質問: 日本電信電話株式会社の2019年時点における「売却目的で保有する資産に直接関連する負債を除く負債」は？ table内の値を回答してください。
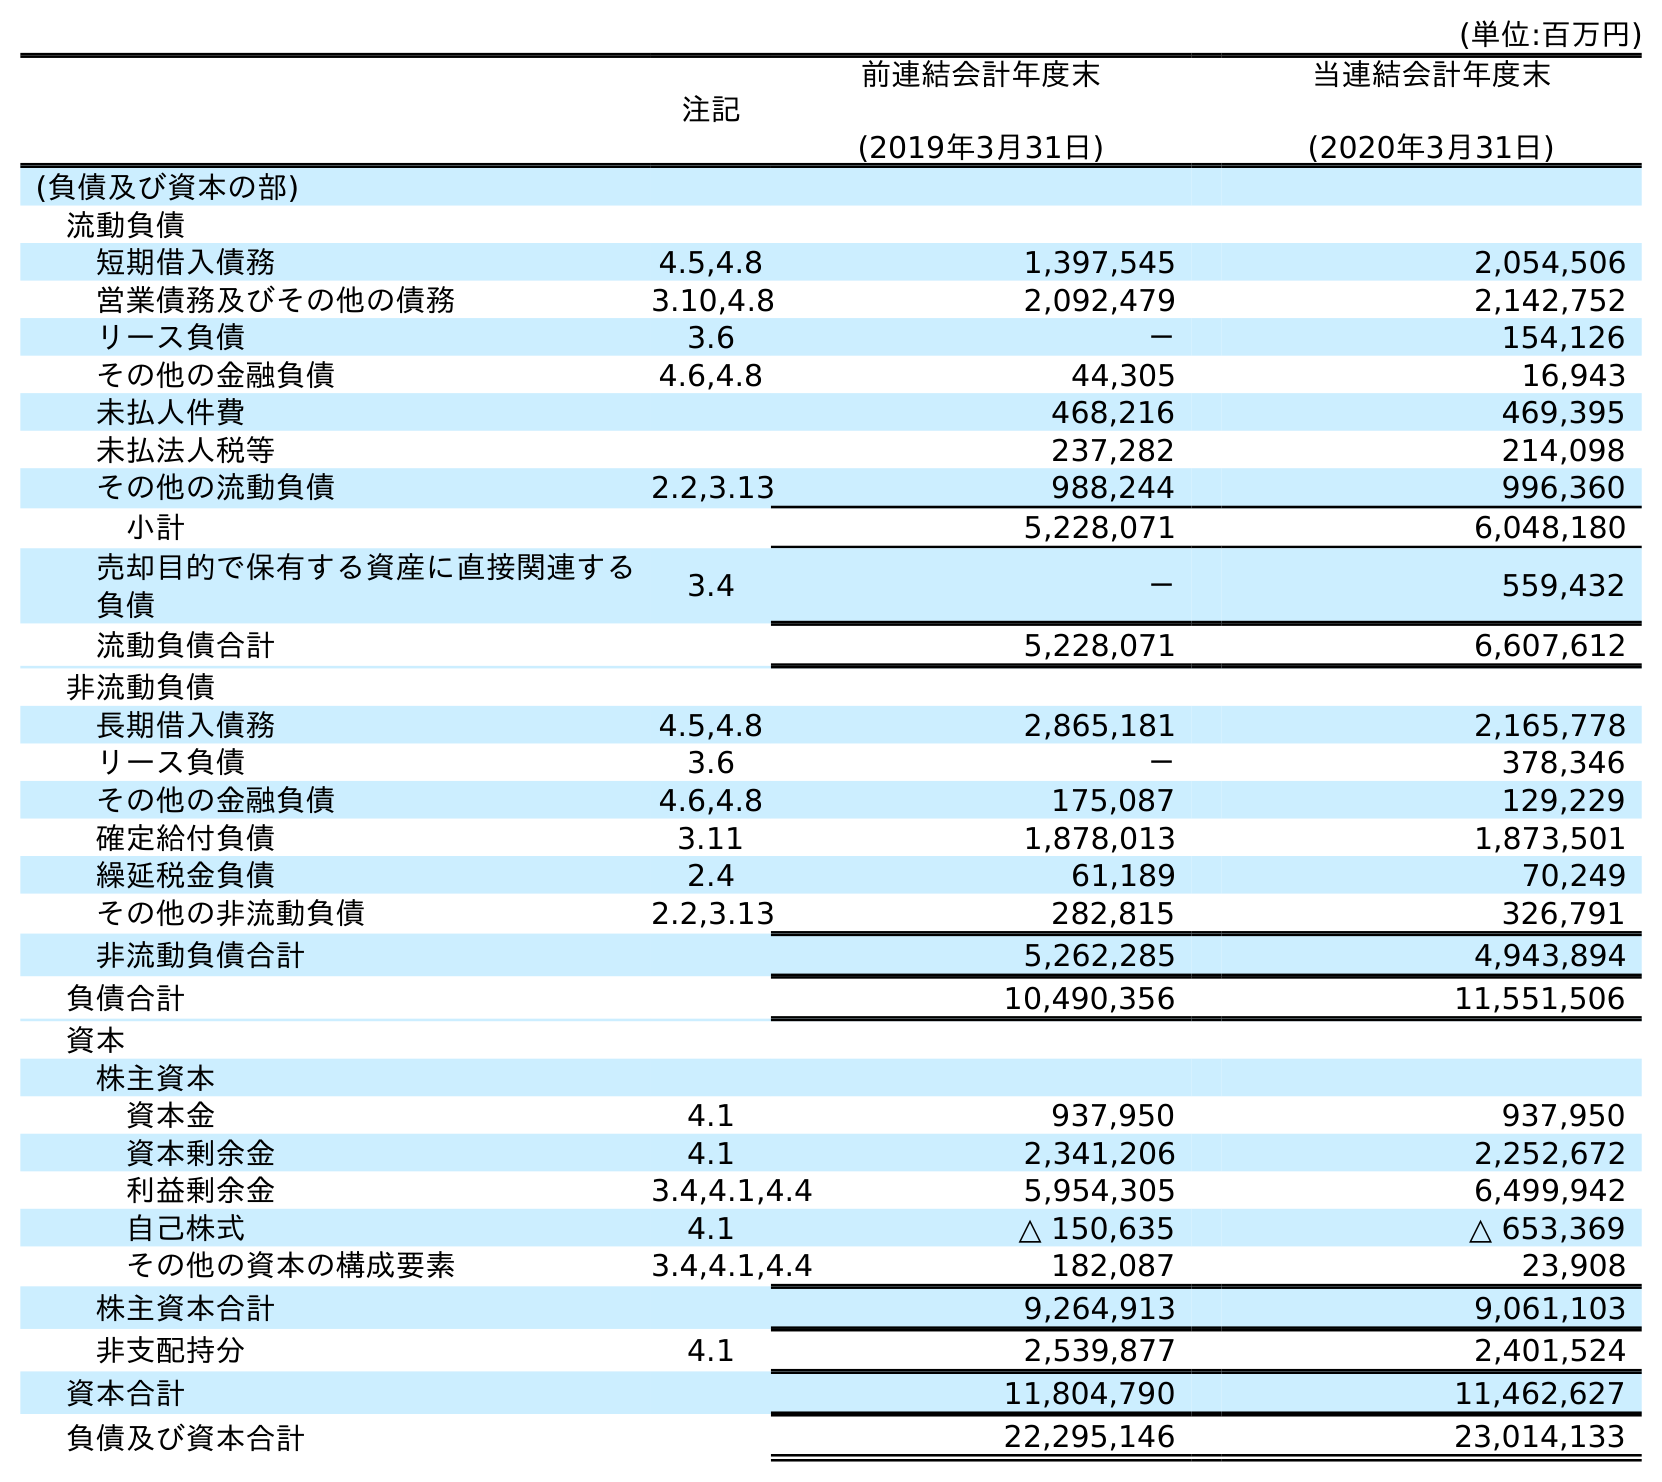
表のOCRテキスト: (単位:百万円) 注記 前連結会計年度末 (2019年3月31日) 当連結会計年度末 (2020年3月31日) (負債及び資本の部) 流動負債 短期借入債務 4.5,4.8 1,397,545 2,054,506 営業債務及びその他の債務 3.10,4.8 2,092,479 2,142,752 リース負債 3.6 － 154,126 その他の金融負債 4.6,4.8 44,305 16,943 未払人件費 468,216 469,395 未払法人税等 237,282 214,098 その他の流動負債 2.2,3.13 988,244 996,360 小計 5,228,071 6,048,180 売却目的で保有する資産に直接関連する 負債 3.4 － 559,432 流動負債合計 5,228,071 6,607,612 非流動負債 長期借入債務 4.5,4.8 2,865,181 2,165,778 リース負債 3.6 － 378,346 その他の金融負債 4.6,4.8 175,087 129,229 確定給付負債 3.11 1,878,013 1,873,501 繰延税金負債 2.4 61,189 70,249 その他の非流動負債 2.2,3.13 282,815 326,791 非流動負債合計 5,262,285 4,943,894 負債合計 10,490,356 11,551,506 資本 株主資本 資本金 4.1 937,950 937,950 資本剰余金 4.1 2,341,206 2,252,672 利益剰余金 3.4,4.1,4.4 5,954,305 6,499,942 自己株式 4.1 △ 150,635 △ 653,369 その他の資本の構成要素 3.4,4.1,4.4 182,087 23,908 株主資本合計 9,264,913 9,061,103 非支配持分 4.1 2,539,877 2,401,524 資本合計 11,804,790 11,462,627 負債及び資本合計 22,295,146 23,014,133
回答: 5,228,071